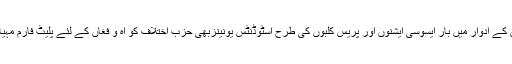
آمریتوں کے ادوار میں بار ایسوسی ایشنوں اور پریس کلبوں کی طرح اسٹوڈنٹس یونینزبھی حزبِ اختلاف کو آہ و فغاں کے لئے پلیٹ فارم مہیا کرتیں۔